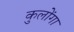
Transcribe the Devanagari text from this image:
कुलोंगा